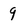
Character: 9